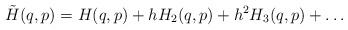
\begin{align*}\tilde{H}(q,p) = H(q,p) + h H_2(q,p) + h^2 H_3(q,p) + \ldots\end{align*}